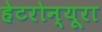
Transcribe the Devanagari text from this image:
हेटरोन्यूरा